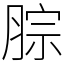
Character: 腙